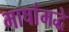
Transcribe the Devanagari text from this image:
भाषांमद्धे